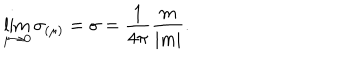
\lim _ { \mu \to 0 } \sigma _ { ( \mu ) } = \sigma = \frac { 1 } { 4 \pi } \frac { m } { | m | } .